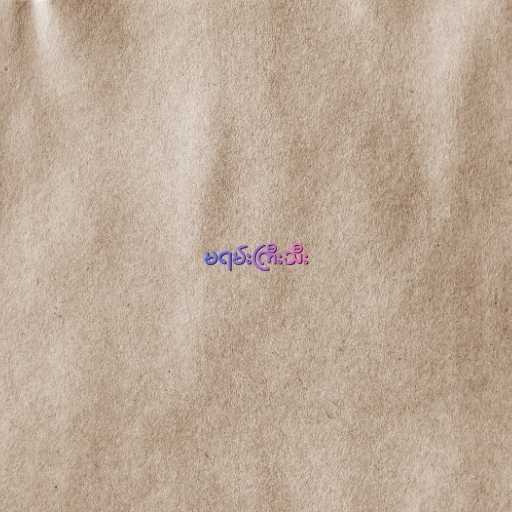
မရမ်းကြီးသီး